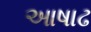
આષાઢ